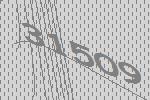
31509